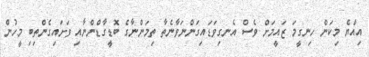
އިއްޔެ މިކަން ހިނގީމަ ޒައީމަށް ވެސް އެނގިވަޑައިގަންނަވާނެެތާ ތިމަންނާގެ ބޮޑީގާޑްންނާއި ވަށައިގެންތިބި މީހުން